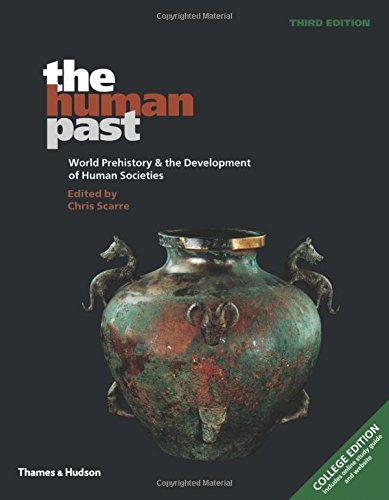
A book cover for The Human Past: World Prehistory and the Development of Human Societies (Third Edition); Chris Scarre; Science & Math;